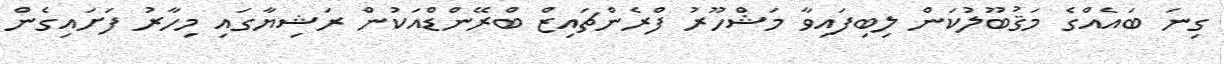
ގިނަ ބައެއްގެ މަޤުބޫލުކަން ލިބިފައިވާ މަޝްހޫރު ފްރެންޗައިޒް ބްރޭންޑްއަކުން ރަޝިޔާގައި މިހާރު ފަށައިގެން